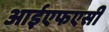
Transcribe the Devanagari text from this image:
आईएफएसी